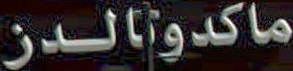
ماكدونالدز